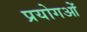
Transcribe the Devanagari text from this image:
प्रयोगओं